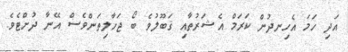
އަދި ހަމަ އެހިނދުން ކަރަމް އެޝަރުތާއި ޤަބޫލުވެ ބޯ ޖަހާލިތަންވެސް އޭނާ ދުށްޓެވެ.